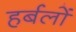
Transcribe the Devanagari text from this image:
हर्बलों